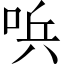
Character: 𠴇